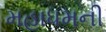
મહાધમની